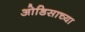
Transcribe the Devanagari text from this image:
ओडिसाच्या